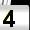
Digit: 4